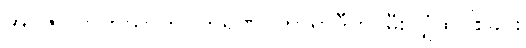
အဂ္ဂိဇာလာဘိဃာတပဟရဏပ္ပဟာရာဒီဟိ၊ မီးလျှံထိပါးခြင်း